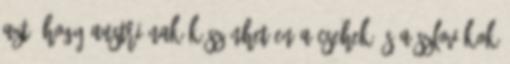
azt, hogy Austriának köszönhetően a csehek és a szlovákok